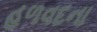
હળવદના